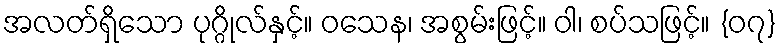
အလတ်ရှိသော ပုဂ္ဂိုလ်နှင့်။ ဝသေန၊ အစွမ်းဖြင့်။ ဝါ၊ စပ်သဖြင့်။ {၀၇}